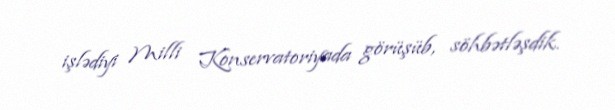
işlədiyi Milli Konservatoriyada görüşüb, söhbətləşdik.